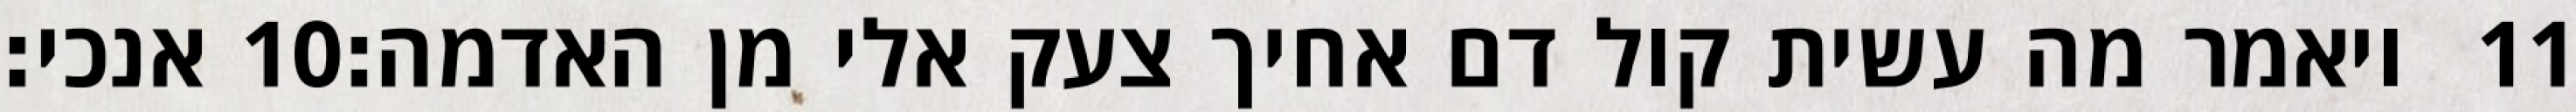
אנכי׃ ‎10‏ ויאמר מה עשית קול דם אחיך צעק אלי מן האדמה׃ ‎11‏